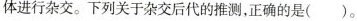
体进行杂交。下列关于杂交后代的推测，正确的是()。